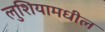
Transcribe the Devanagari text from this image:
लुशियामधील